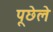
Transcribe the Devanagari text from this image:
पूछेले